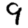
Digit: 9